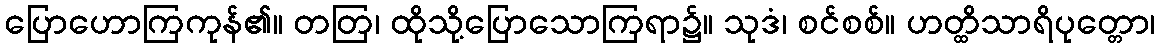
ပြောဟောကြကုန်၏။ တတြ၊ ထိုသို့ပြောသောကြရာ၌။ သုဒံ၊ စင်စစ်။ ဟတ္ထိသာရိပုတ္တော၊